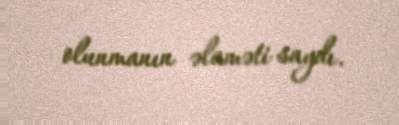
olunmanın əlaməti saydı.